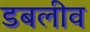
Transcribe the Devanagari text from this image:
डबलीव